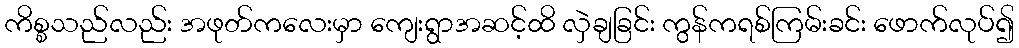
ကိစ္စသည်လည်း အဖုတ်ကလေးမှာ ကျေးရွာအဆင့်ထိ လှဲချခြင်း ကွန်ကရစ်ကြမ်းခင်း ဖောက်လုပ်၍